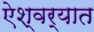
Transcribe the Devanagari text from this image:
ऐश्वर्यात